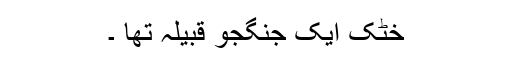
خٹک ایک جنگجو قبیلہ تھا ۔